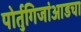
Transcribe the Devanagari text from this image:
पोर्तुगिजांआडचा